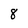
Character: 8